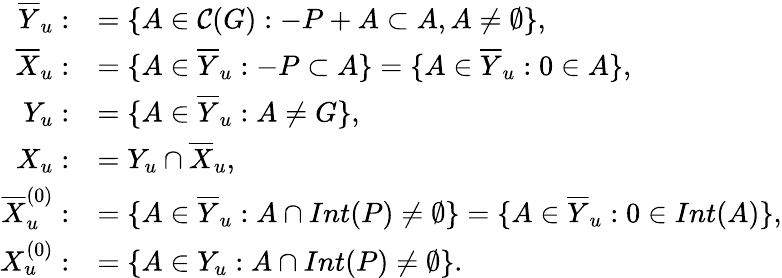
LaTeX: \begin{array}{rl}{\overline{{Y}}_{u}:}&{=\{ A\in\mathcal{C}(G):-P+A\subset A,A\neq\emptyset\} ,}\\ {\overline{{X}}_{u}:}&{=\{ A\in\overline{{Y}}_{u}:-P\subset A\} =\{ A\in\overline{{Y}}_{u}:0\in A\} ,}\\ {Y_{u}:}&{=\{ A\in\overline{{Y}}_{u}:A\neq G\} ,}\\ {X_{u}:}&{=Y_{u}\cap\overline{{X}}_{u},}\\ {\overline{{X}}_{u}^{(0)}:}&{=\{ A\in\overline{{Y}}_{u}:A\cap Int(P)\neq\emptyset\} =\{ A\in\overline{{Y}}_{u}:0\in Int(A)\} ,}\\ {X_{u}^{(0)}:}&{=\{ A\in Y_{u}:A\cap Int(P)\neq\emptyset\} .}\end{array}